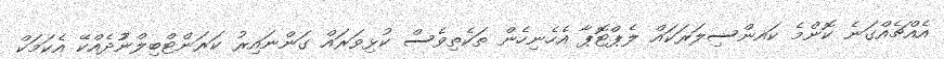
އެއްޗެއްގަނެ ކޮންމެ ކައންސިލަރަކައް ލެޕްޓޮޕާ އެހެނިހެން ތަކެތިވެސް ކުޅިވަރައް ގަންނައިރު ކަރަންޓްބިލްނުުދެއްކޭ އެކަމަކް